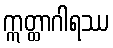
ဣတ္ထာဂါရဿ